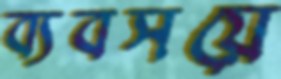
ব্যবসয়ে